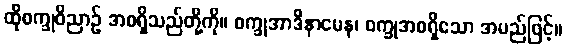
ထိုစက္ခုဝိညာဉ် အစရှိသည်တို့ကို။ စက္ခုအာဒိနာမေန၊ စက္ခုအစရှိသော အမည်ဖြင့်။